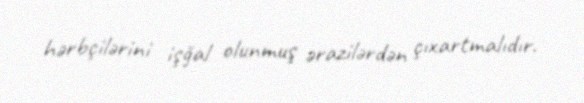
hərbçilərini işğal olunmuş ərazilərdən çıxartmalıdır.